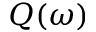
Q ( \omega )